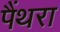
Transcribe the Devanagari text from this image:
पैंथरा